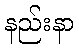
နည်းနာ